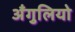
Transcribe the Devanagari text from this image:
अँगुलियो